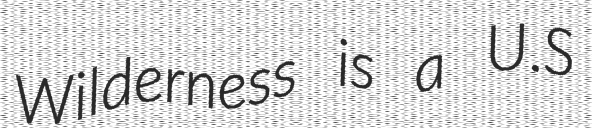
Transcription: Wilderness is a U.S